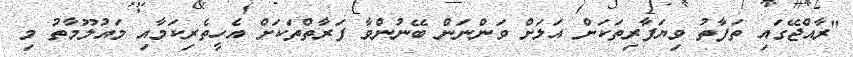
"ރާއްޖޭގައި ތަފާތު ވިޔަފާރިިތަކަށް އަލަށް ވަންނަން ބޭނުންވާ ފަރާތްތަކަށް އެހީތެރިކަމާއި މައުލޫމާތު މި